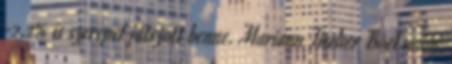
-2,2% is szerepet játszott benne. Mariann Fischer Boel uniós